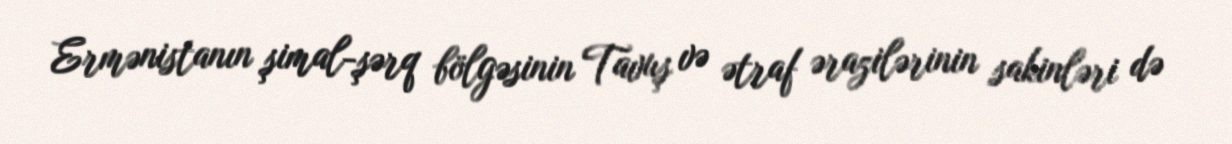
Ermənistanın şimal-şərq bölgəsinin Tavuş və ətraf ərazilərinin sakinləri də